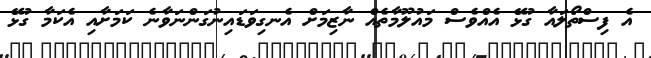
އެ ފިސްތޯލައާ ގުޅޭ އެއްވެސް މައުލޫމާތެއް ނާޒިމަށް އެނގިވަޑައިނުގަންނަވާނެ ކަމަށާއި އެކަމާ ގުޅޭ